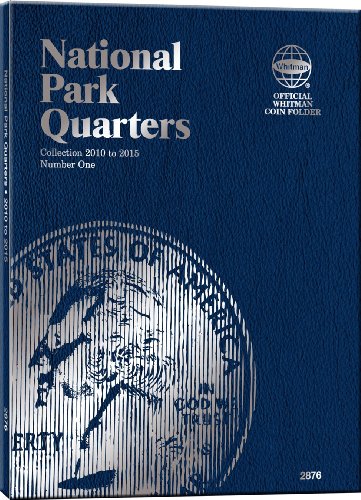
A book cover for Whitman Nat Park Blue Folder Vol 1 2010-2015 (Official Whitman Coin Folder); Whitman Publishing; Crafts, Hobbies & Home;